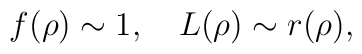
f(\rho) \sim 1, \quad L(\rho)     \sim r(\rho),